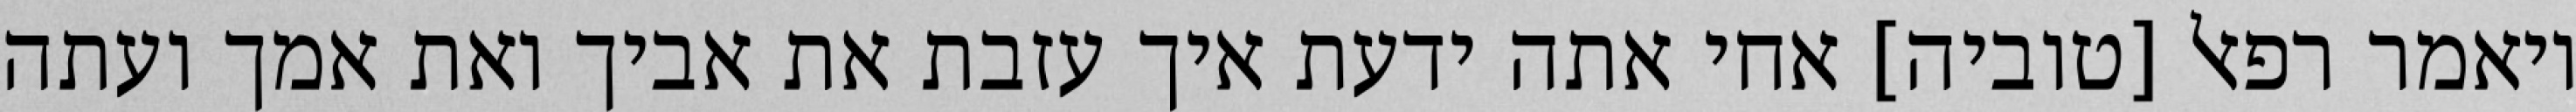
ויאמר רפאל [טוביה] אחי אתה ידעת איך עזבת את אביך ואת אמך ועתה